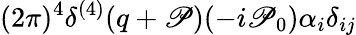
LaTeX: {\displaystyle(2\pi)^{4}\delta^{(4)}(q+\mathscr{P})(-i\mathscr{P}_{0})\alpha_{i}\delta_{ij}}